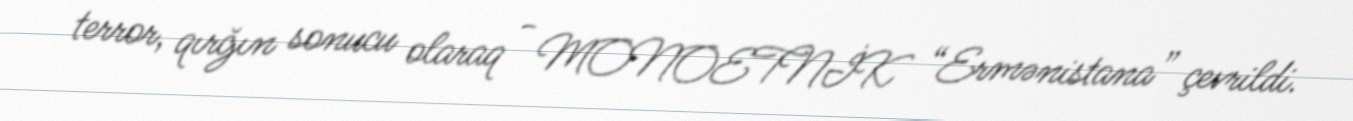
terror, qırğın sonucu olaraq - MONOETNİK “Ermənistana” çevrildi.